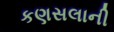
કણસલાની